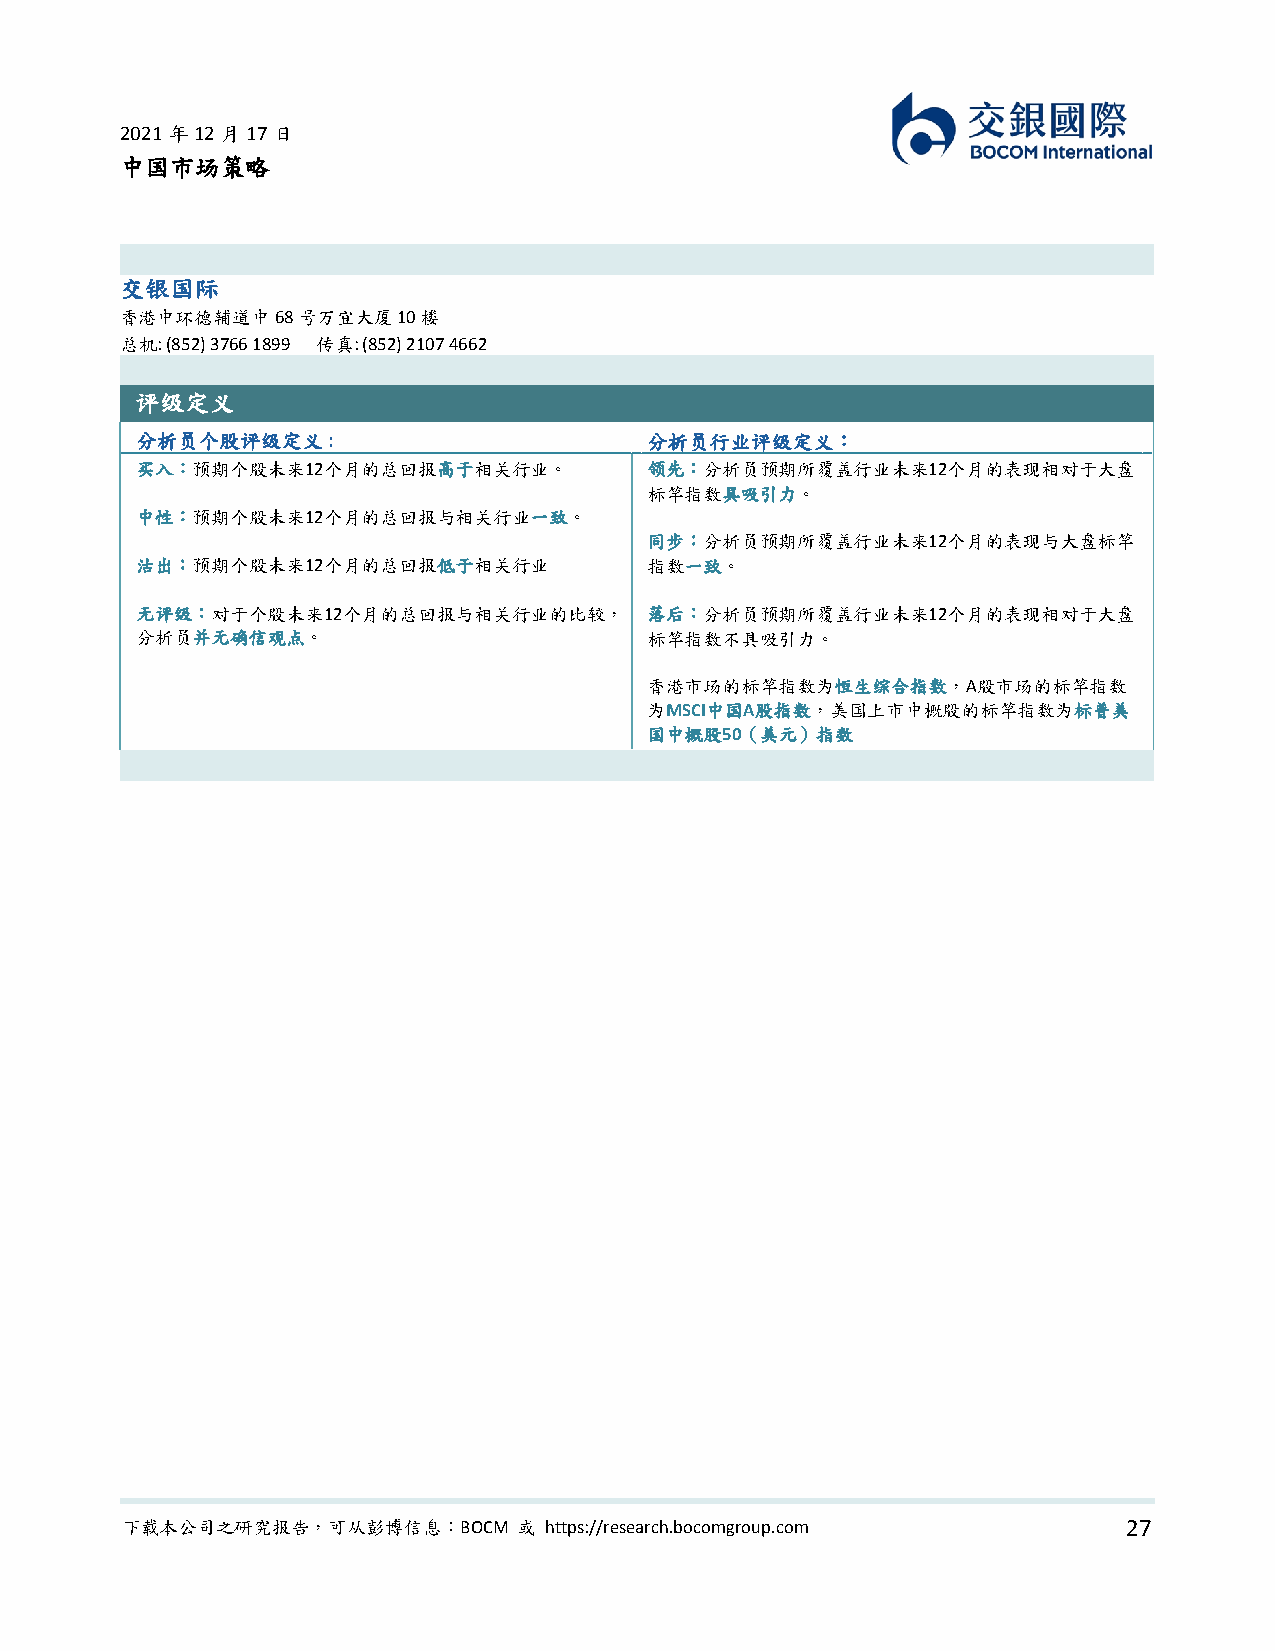
2021年12月17日
 中国市场策略
 交银国际
 香港中环德辅道中68号万宜大厦10楼
 总机: (852) 3766 1899 传真: (852) 2107 4662
 评级定义
 分析员个股评级定义:                        分析员行业评级定义：
 买入：预期个股未来12个月的总回报高于相关行业。          领先：分析员预期所覆盖行业未来12个月的表现相对于大盘
 标竿指数具吸引力。
 中性：预期个股未来12个月的总回报与相关行业一致。
 同步：分析员预期所覆盖行业未来12个月的表现与大盘标竿
 沽出：预期个股未来12个月的总回报低于相关行业           指数一致。
 无评级：对于个股未来12个月的总回报与相关行业的比较，       落后：分析员预期所覆盖行业未来12个月的表现相对于大盘
 分析员并无确信观点。                        标竿指数不具吸引力。
 香港市场的标竿指数为恒生综合指数，A股市场的标竿指数
 为MSCI中国A股指数，美国上市中概股的标竿指数为标普美
 国中概股50（美元）指数
 下载本公司之研究报告，可从彭博信息：BOCM    或 https://research.bocomgroup.com        27